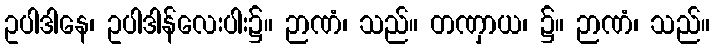
ဥပါဒါနေ၊ ဥပါဒါန်လေးပါး၌။ ဉာဏံ၊ သည်။ တဏှာယ၊ ၌။ ဉာဏံ၊ သည်။